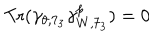
\mathrm { T r } ( \gamma _ { \theta , 7 _ { 3 } } \gamma _ { W , 7 _ { 3 } } ^ { p } ) = 0